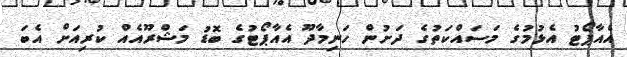
އެއާޕޯޓު އެޅުމުގެ މަސައްކަތުގެ ދަށުން ހަނިމާދޫ އެއާޕޯޓުގެ ބޮޑު މަޝްރޫއެއް ކުރިއަށް އެބަ